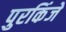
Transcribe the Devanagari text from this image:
पुरकिंजे